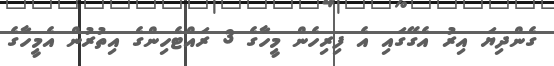
ގެންދިޔަ އިރު އެގޭގައި އެ ފިރިހެން މީހާގެ 3 ރައްޓެހިންގެ އިތުރުން އެމީހާގެ